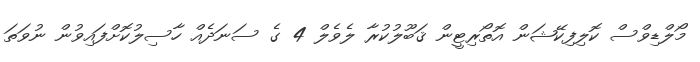
މޯލްޑިވްސް ކޮލިފިކޭޝަން އޮތޯރިޓީން ޤަބޫލުކުރާ ލެވެލް 4 ގެ ސަނަދެއް ހާސިލުކޮށްފައިވުން ނުވަތަ